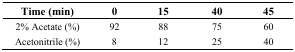
<table><thead><tr><td><b>Time (min)</b></td><td><b>0</b></td><td><b>15</b></td><td><b>40</b></td><td><b>45</b></td></tr></thead><tbody><tr><td>2% Acetate (%)</td><td>92</td><td>88</td><td>75</td><td>60</td></tr><tr><td>Acetonitrile (%)</td><td>8</td><td>12</td><td>25</td><td>40</td></tr></tbody></table>